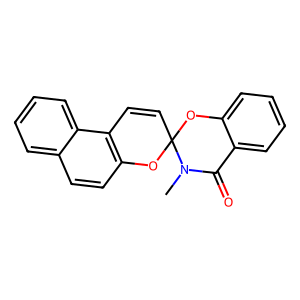
SMILES: CN1C(=O)c2ccccc2OC12C=Cc1c(ccc3ccccc13)O2
Inhibits HIV replication: No